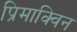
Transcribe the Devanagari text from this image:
प्रिमाक्विन